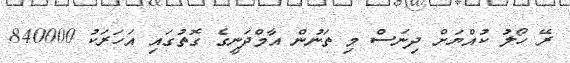
ރޭ ހޯލު ކުއްޔަށް ދިނަސް މި ތަނުން އާމްދަނީގެ ގޮތުގައި އަހަރަކު 840000